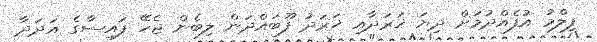
ފިލްމު އުފެއްދުމަށް ދިޔަ ޚަރަދާއި ޚަރަދު ފޫބައްދަން ލިބެން ޖެހޭ ފައިސާގެ އަދަދާ